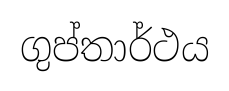
ගුප්තාර්ථය